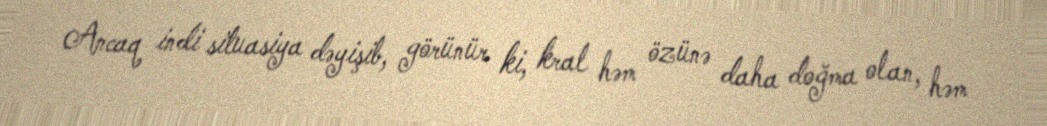
Ancaq indi situasiya dəyişib, görünür ki, kral həm özünə daha doğma olan, həm